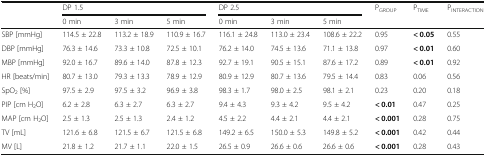
<table><thead><tr><td rowspan="2"></td><td colspan="3"><b>DP 1.5</b></td><td colspan="3"><b>DP 2.5</b></td><td rowspan="2"><b>P<sub>GROUP</sub></b></td><td rowspan="2"><b>P<sub>TIME</sub></b></td><td rowspan="2"><b>P<sub>INTERACTION</sub></b></td></tr><tr><td><b>0 min</b></td><td><b>3 min</b></td><td><b>5 min</b></td><td><b>0 min</b></td><td><b>3 min</b></td><td><b>5 min</b></td></tr></thead><tbody><tr><td>SBP [mmHg]</td><td>114.5 ± 22.8</td><td>113.2 ± 18.9</td><td>110.9 ± 16.7</td><td>116.1 ± 24.8</td><td>113.0 ± 23.4</td><td>108.6 ± 22.2</td><td>0.95</td><td><b>&lt; 0.05</b></td><td>0.55</td></tr><tr><td>DBP [mmHg]</td><td>76.3 ± 14.6</td><td>73.3 ± 10.8</td><td>72.5 ± 10.1</td><td>76.2 ± 14.0</td><td>74.5 ± 13.6</td><td>71.1 ± 13.8</td><td>0.97</td><td><b>&lt; 0.01</b></td><td>0.60</td></tr><tr><td>MBP [mmHg]</td><td>92.0 ± 16.7</td><td>89.6 ± 14.0</td><td>87.8 ± 12.3</td><td>92.7 ± 19.1</td><td>90.5 ± 15.1</td><td>87.6 ± 17.2</td><td>0.89</td><td><b>&lt; 0.01</b></td><td>0.92</td></tr><tr><td>HR [beats/min]</td><td>80.7 ± 13.0</td><td>79.3 ± 13.3</td><td>78.9 ± 12.9</td><td>80.9 ± 12.9</td><td>80.7 ± 13.6</td><td>79.5 ± 14.4</td><td>0.83</td><td>0.06</td><td>0.56</td></tr><tr><td>SpO<sub>2</sub> [%]</td><td>97.5 ± 2.9</td><td>97.5 ± 3.2</td><td>96.9 ± 3.8</td><td>98.3 ± 1.7</td><td>98.0 ± 2.5</td><td>98.1 ± 2.1</td><td>0.23</td><td>0.20</td><td>0.18</td></tr><tr><td>PIP [cm H<sub>2</sub>O]</td><td>6.2 ± 2.8</td><td>6.3 ± 2.7</td><td>6.3 ± 2.7</td><td>9.4 ± 4.3</td><td>9.3 ± 4.2</td><td>9.5 ± 4.2</td><td><b>&lt; 0.01</b></td><td>0.47</td><td>0.25</td></tr><tr><td>MAP [cm H<sub>2</sub>O]</td><td>2.5 ± 1.3</td><td>2.5 ± 1.3</td><td>2.4 ± 1.2</td><td>4.5 ± 2.2</td><td>4.4 ± 2.1</td><td>4.4 ± 2.1</td><td><b>&lt; 0.001</b></td><td>0.28</td><td>0.75</td></tr><tr><td>TV [mL]</td><td>121.6 ± 6.8</td><td>121.5 ± 6.7</td><td>121.5 ± 6.8</td><td>149.2 ± 6.5</td><td>150.0 ± 5.3</td><td>149.8 ± 5.2</td><td><b>&lt; 0.001</b></td><td>0.42</td><td>0.44</td></tr><tr><td>MV [L]</td><td>21.8 ± 1.2</td><td>21.7 ± 1.1</td><td>22.0 ± 1.5</td><td>26.5 ± 0.9</td><td>26.6 ± 0.6</td><td>26.6 ± 0.6</td><td><b>&lt; 0.001</b></td><td>0.28</td><td>0.43</td></tr></tbody></table>